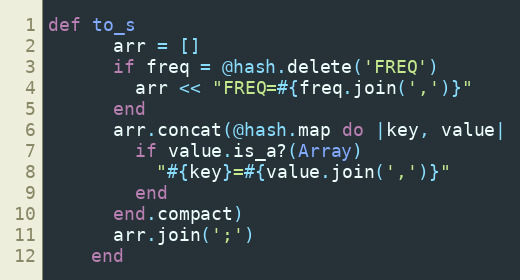
Language: Ruby
def to_s
      arr = []
      if freq = @hash.delete('FREQ')
        arr << "FREQ=#{freq.join(',')}"
      end
      arr.concat(@hash.map do |key, value|
        if value.is_a?(Array)
          "#{key}=#{value.join(',')}"
        end
      end.compact)
      arr.join(';')
    end